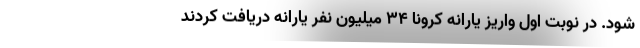
شود. در نوبت اول واریز یارانه کرونا ۳۴ میلیون نفر یارانه دریافت کردند